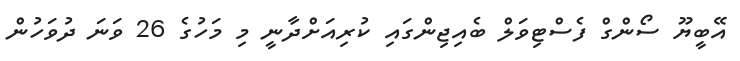
އޭބީޔޫ ސޯންގް ފެސްޓިވަލް ބެއިޖިންގައި ކުރިއަށްދާނީ މި މަހުގެ 26 ވަނަ ދުވަހުން